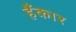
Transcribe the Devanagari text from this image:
हँकार